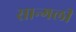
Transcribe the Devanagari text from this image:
सान्गली